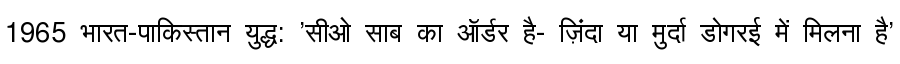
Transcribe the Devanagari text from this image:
1965 भारत-पाकिस्तान युद्ध: 'सीओ साब का ऑर्डर है- ज़िंदा या मुर्दा डोगरई में मिलना है'